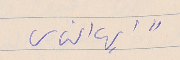
"ايها الناس